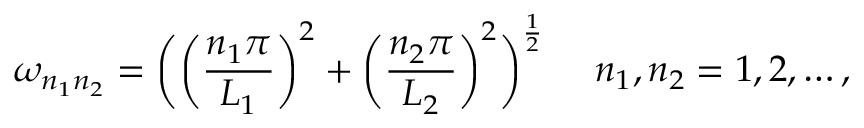
\omega _ { n _ { 1 } n _ { 2 } } = \biggl ( \biggl ( \frac { n _ { 1 } \pi } { L _ { 1 } } \biggr ) ^ { 2 } + \biggl ( \frac { n _ { 2 } \pi } { L _ { 2 } } \biggr ) ^ { 2 } \biggr ) ^ { \frac { 1 } { 2 } } ~ ~ ~ ~ n _ { 1 } , n _ { 2 } = 1 , 2 , \dots ,